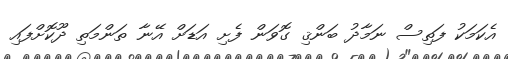
އެކަމަކު ފަތިސް ނަމާދު ބަންޤި ގޮވަން ފެށި އަޑަށް އޭނާ ތަންމަތި ދޫކޮށްފައި